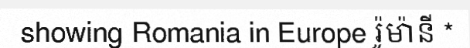
showing Romania in Europe រ៉ូម៉ានី *